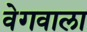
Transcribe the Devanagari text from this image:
वेगवाला